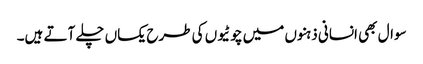
سوال بھی انسانی ذہنوں میں چوٹیوں کی طرح یکساں چلے آتے ہیں۔